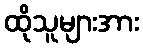
ထိုသူများအား